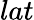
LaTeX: lat